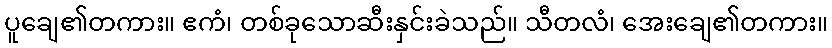
ပူချေ၏တကား။ ဧကံ၊ တစ်ခုသောဆီးနှင်းခဲသည်။ သီတလံ၊ အေးချေ၏တကား။